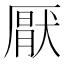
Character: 厭